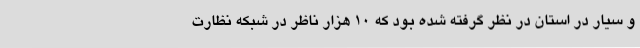
و سیار در استان در نظر گرفته شده بود که 10 ‌هزار ناظر در شبکه نظارت